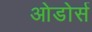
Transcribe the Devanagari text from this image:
ओडोर्स